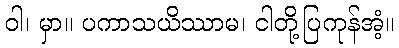
ဝါ၊ မှာ။ ပကာသယိဿာမ၊ ငါတို့ပြကုန်အံ့။